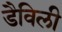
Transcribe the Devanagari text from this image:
डैविली